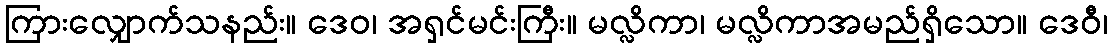
ကြားလျှောက်သနည်း။ ဒေဝ၊ အရှင်မင်းကြီး။ မလ္လိကာ၊ မလ္လိကာအမည်ရှိသော။ ဒေဝီ၊